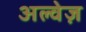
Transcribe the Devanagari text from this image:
अल्वेज़